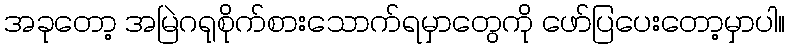
အခုတော့ အမြဲဂရုစိုက်စားသောက်ရမှာတွေကို ဖော်ပြပေးတော့မှာပါ။